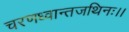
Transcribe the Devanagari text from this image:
चरणध्वान्तजथिनः।।